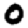
Digit: 0